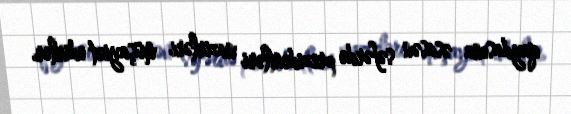
qaydasına əsasən səfərdə prezidentləri nazirləri müşayiət edirlər.